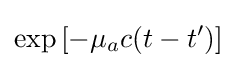
\exp \left[-\mu _{a}c(t-t')\right]